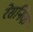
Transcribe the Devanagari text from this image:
रेसनिक